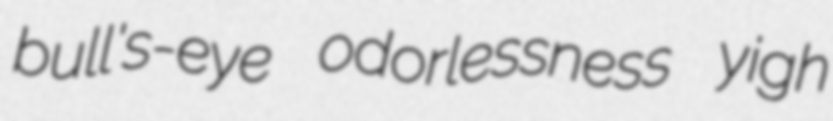
bull's-eye odorlessness yigh